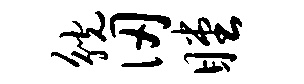
觥仞瞠